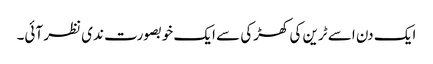
ایک دن اسے ٹرین کی کھڑکی سے ایک خوبصورت ندی نظر آئی۔